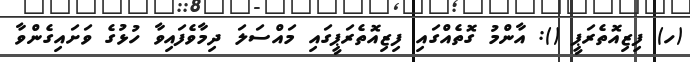
(ހ) ފިޒިއޮތެރަޕީ (): އާންމު ގޮތެއްގައި ފިޒިއޮތެރަޕީގައި މައްސަލަ ދިމާވެފައިވާ ހުޅުގެ ވަށައިގެންވާ